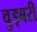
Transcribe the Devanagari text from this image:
वुड्बरी